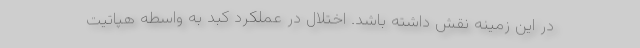
در این زمینه نقش داشته باشد. اختلال در عملکرد کبد به واسطه هپاتیت